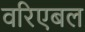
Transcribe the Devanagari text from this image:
वरिएबल